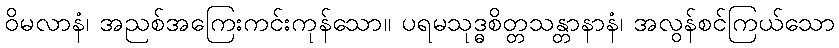
ဝိမလာနံ၊ အညစ်အကြေးကင်းကုန်သော။ ပရမသုဒ္ဓစိတ္တသန္တာနာနံ၊ အလွန်စင်ကြယ်သော